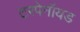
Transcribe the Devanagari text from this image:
टरपेनॉयड